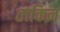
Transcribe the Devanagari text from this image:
ताकिन